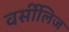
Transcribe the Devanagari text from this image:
वर्सीलिज